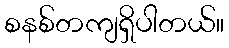
စနစ်တကျရှိပါတယ်။